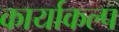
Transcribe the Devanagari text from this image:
कार्याकल्प